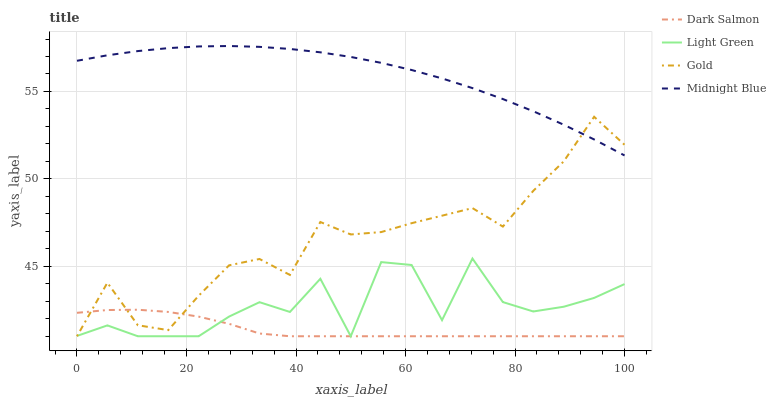
| xaxis_label | Dark Salmon | Light Green | Gold | Midnight Blue |
 | --- | --- | --- | --- | --- |
 | 0 | 42.3 | 41 | 41 | 56.8 |
 | 5.56 | 42.5 | 41.6 | 44.1 | 57.1 |
 | 11.1 | 42.5 | 41 | 41.6 | 57.3 |
 | 16.7 | 42.4 | 41 | 41.3 | 57.5 |
 | 22.2 | 42.1 | 41 | 43.3 | 57.6 |
 | 27.8 | 41.7 | 42.1 | 45.1 | 57.6 |
 | 33.3 | 41.2 | 42.9 | 45.4 | 57.6 |
 | 38.9 | 41 | 42.4 | 44.5 | 57.4 |
 | 44.4 | 41 | 44.3 | 47.5 | 57.2 |
 | 50 | 41 | 41 | 46.8 | 57 |
 | 55.6 | 41 | 45.2 | 47 | 56.6 |
 | 61.1 | 41 | 45.1 | 47.5 | 56.2 |
 | 66.7 | 41 | 41.9 | 47.9 | 55.7 |
 | 72.2 | 41 | 45.4 | 48.3 | 55.2 |
 | 77.8 | 41 | 43 | 47.3 | 54.6 |
 | 83.3 | 41 | 42.4 | 49.3 | 53.9 |
 | 88.9 | 41 | 42.7 | 51 | 53.1 |
 | 94.4 | 41 | 43.2 | 53.6 | 52.3 |
 | 100 | 41 | 44 | 51.9 | 51.3 |